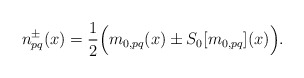
\begin{align*}n_{pq}^{\pm}(x) = \frac{1}{2} \Big(m_{0,pq}(x) \pm S_{0}[m_{0,pq}](x)\Big).\end{align*}